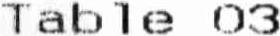
TABLE 03